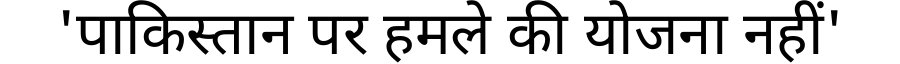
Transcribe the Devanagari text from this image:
'पाकिस्तान पर हमले की योजना नहीं'